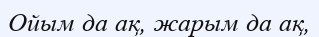
Ойым да ақ, жарым да ақ,